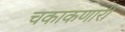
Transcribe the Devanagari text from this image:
चकाकणारी